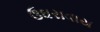
ઉઘરાવાય